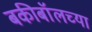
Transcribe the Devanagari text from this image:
बकीबॉलच्या